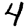
Digit: 4